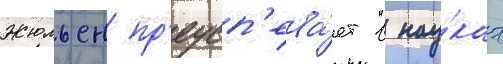
Жюльен пр'еусп'ева́ет в нау́ках